Report on the working of the Ranchi Indian Mental Hospital, Kanke, in Bihar and Orissa - 1930-1940
Year: 1930
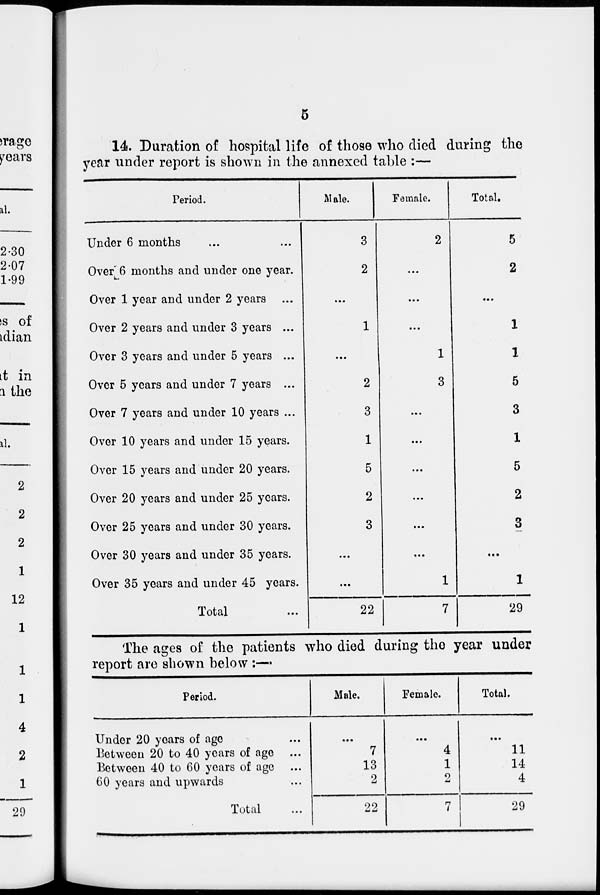
5
14. Duration of hospital life of those who died during the
year under report is shown in the annexed table :—
Period.
Under 6 months ... ...
Over 6 months and under one year.
Over 1 year and under 2 years ...
Over 2 years and under 3 years ...
Over 3 years and under 5 years ...
Over 5 years and under 7 years ...
Over 7 years and under 10 years ...
Over 10 years and under 15 years.
Over 15 years and under 20 years.
Over 20 years and under 25 years.
Over 25 years and under 30 years.
Over 30 years and under 35 years.
Over 35 years and under 45 years.
Total ...
Male.
3
2
...
1
...
2
3
1
5
2
3
...
...
22
Female.
2
...
...
...
1
3
...
...
...
...
...
...
1
7
Total.
5
2
...
1
1
5
3
1
5
2
3
...
1
29
The ages of the patients who died during the year under
report are shown below :—
Period.
Under 20 years of age ...
Between 20 to 40 years of age ...
Between 40 to 60 years of age ...
60 years and upwards ...
Total ...
Male.
...
7
13
2
22
Female.
...
4
1
2
7
Total.
...
11
14
4
29